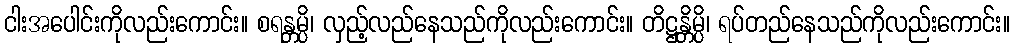
ငါးအပေါင်းကိုလည်းကောင်း။ စရန္တမ္ပိ၊ လှည့်လည်နေသည်ကိုလည်းကောင်း။ တိဋ္ဌန္တိမ္ပိ၊ ရပ်တည်နေသည်ကိုလည်းကောင်း။